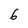
Character: 6